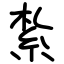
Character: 紮